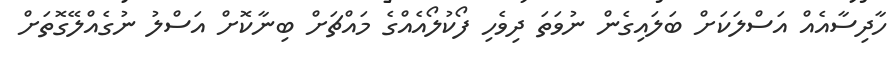
ހާދިސާއެއް އަސްލަކަށް ބަލައިގެން ނުވަތަ ދިވެހި ފޯކުލޯއެއްގެ މައްޗަށް ބިނާކޮށް އަސްލު ނުގެއްލޭގޮތަށް